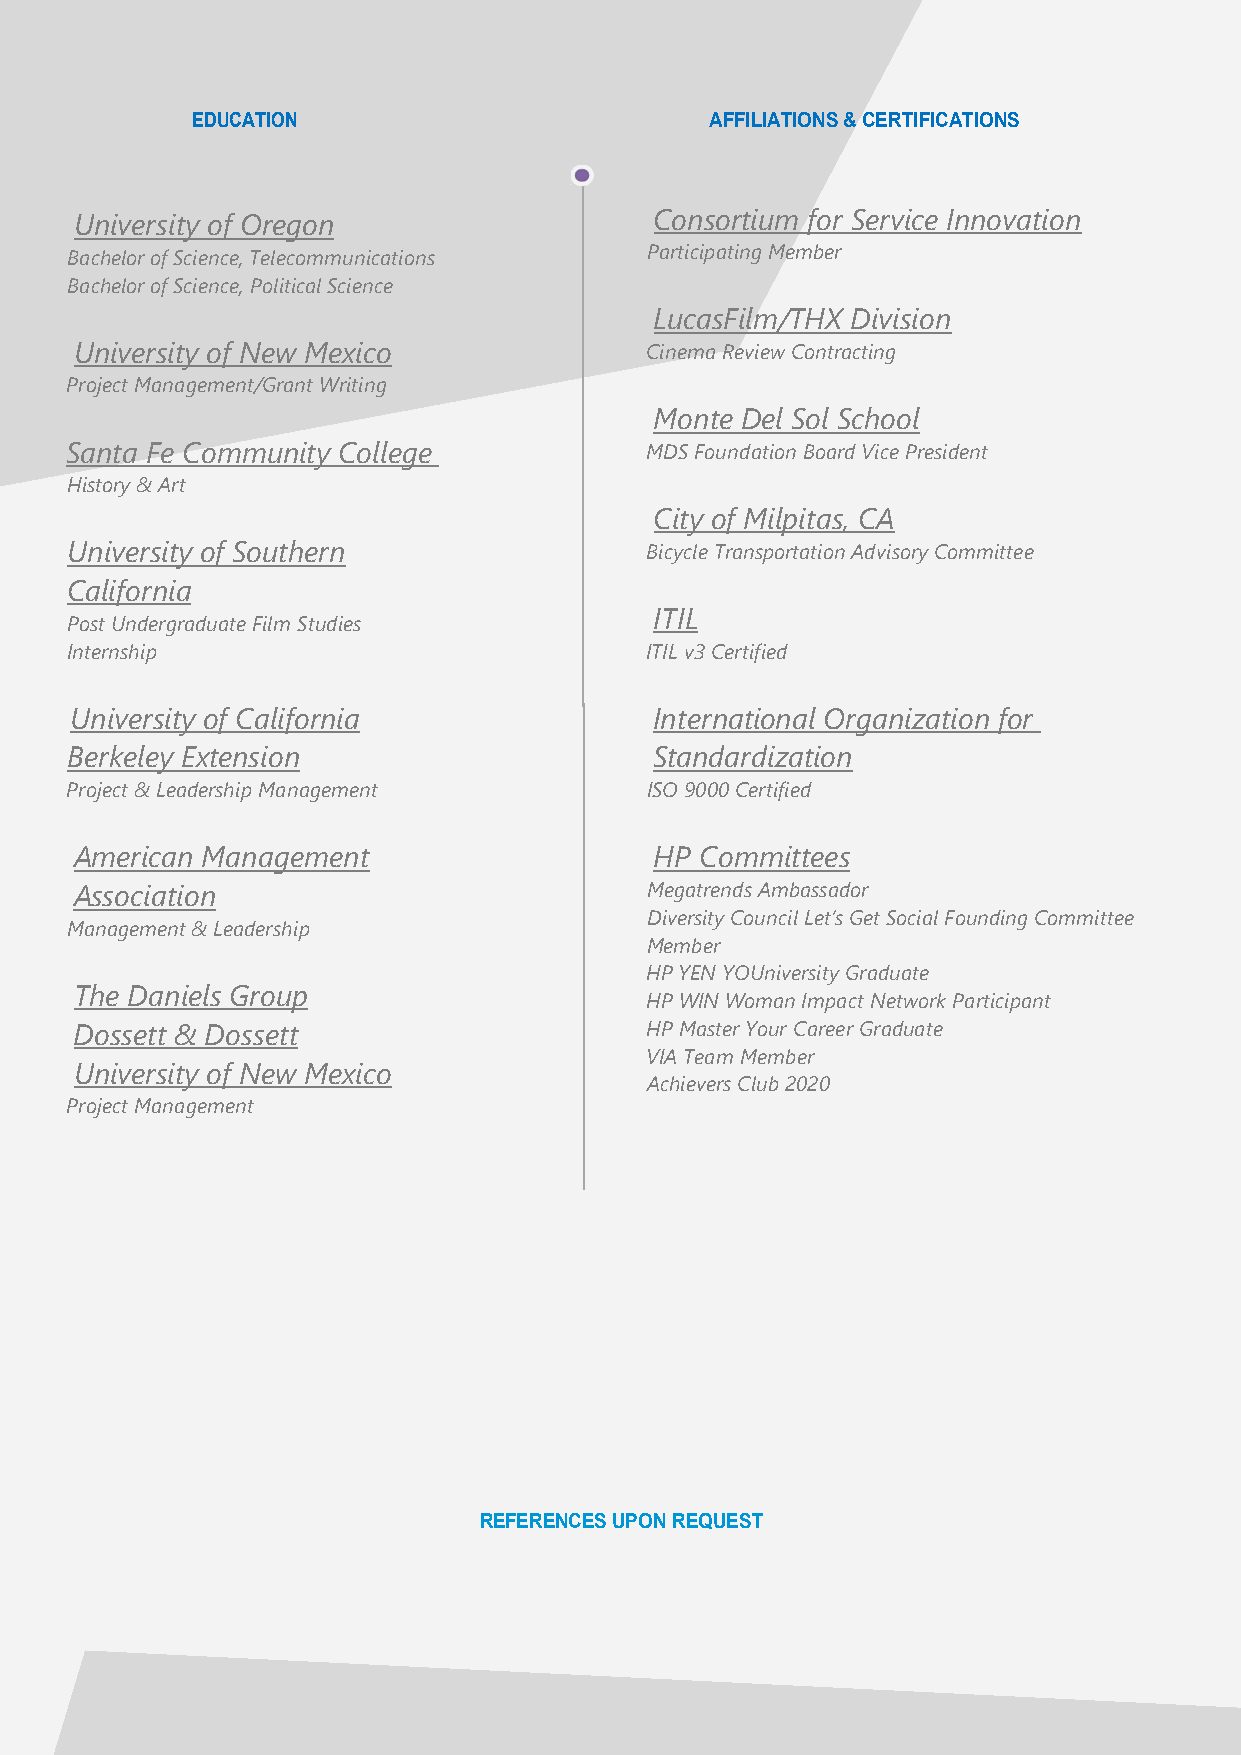
EDUCATION                         AFFILIATIONS & CERTIFICATIONS
 University of Oregon                  Consortium for Service Innovation
 Bachelor of Science, Telecommunications Participating Member
 Bachelor of Science, Political Science
 LucasFilm/THX Division
 University of New Mexico              Cinema Review Contracting
 Project Management/Grant Writing
 Monte Del Sol School
 Santa Fe Community College             MDS Foundation Board Vice President
 History & Art
 City of Milpitas, CA
 University of Southern                 Bicycle Transportation Advisory Committee
 California
 ITIL
 Post Undergraduate Film Studies
 Internship                             ITIL v3 Certified
 University of California              International Organization for
 Berkeley Extension                     Standardization
 Project & Leadership Management        ISO 9000 Certified
 American Management                   HP Committees
 Association                           Megatrends Ambassador
 Diversity Council Let’s Get Social Founding Committee
 Management & Leadership
 Member
 HP YEN YOUniversity Graduate
 The Daniels Group
 HP WIN Woman Impact Network Participant
 Dossett & Dossett                     HP Master Your Career Graduate
 VIA Team Member
 University of New Mexico
 Achievers Club 2020
 Project Management
 REFERENCES UPON REQUEST